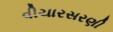
વીચારસરણી